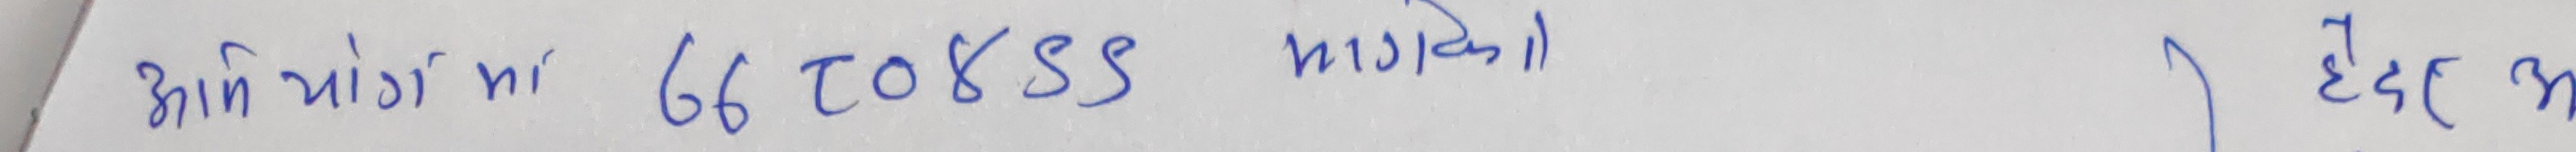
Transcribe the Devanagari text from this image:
आणि योग मा 66 TOKSS मागको हेद छ